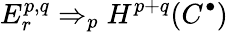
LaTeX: E_{r}^{p,q}\Rightarrow_{p}H^{p+q}(C^{\bullet})